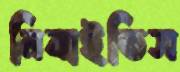
নিবাইতিস